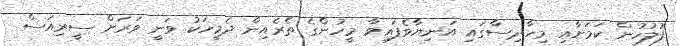
ފުލުހުން ކަމަށާއި މިހާދިސާގައި އަނިޔާވެފައިވާ މީހުންގެ ތެރެއިން ދެމީހަކު ވަނީ ވަރަށް ސީރިއަސް